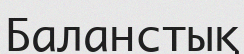
Баланстық